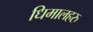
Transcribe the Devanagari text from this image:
धिमालहरु